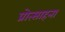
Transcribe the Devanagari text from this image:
प्रोत्साहना